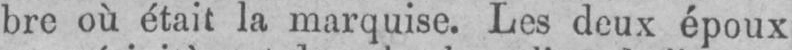
bre où était la marquise. Les deux époux